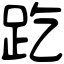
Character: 趷